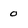
Character: o